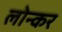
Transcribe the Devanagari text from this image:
लोन्कर